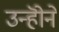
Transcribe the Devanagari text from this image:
उन्होॆने